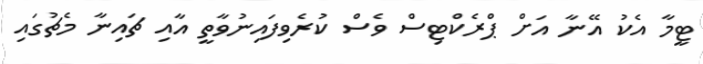
ޓީމާ އެކު އޭނާ އަށް ޕްރެކްޓިސް ވެސް ކުރެވިފައިނުވާތީ އާއި ޗައިނާ މެޗުގައި